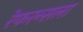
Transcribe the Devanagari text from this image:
रेफरन्सला